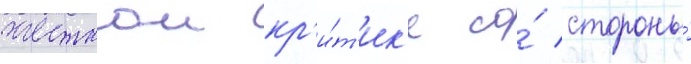
жесткои кр'и́т'ик'е со́ стороны́